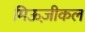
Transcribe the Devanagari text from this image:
मिऊज़ीकल